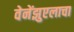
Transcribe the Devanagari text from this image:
वेनेंझुएलाचा